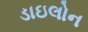
ડાઇલોન